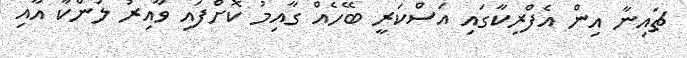
ޗައިނާ އިން އެފްރިކާގައި އަސްކަރީ ބޭހެއް ގާއިމު ކޮށްފައި ވާއިރު ލަންކާ އާއި